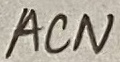
Text: ACN